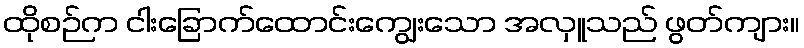
ထိုစဉ်က ငါးခြောက်ထောင်းကျွေးသော အလှူသည် ဖွတ်ကျား။